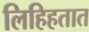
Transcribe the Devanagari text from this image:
लिहिहतात